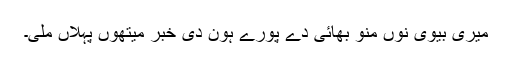
میری بیوی نوں منو بھائی دے پورے ہون دی خبر میتھوں پہلاں ملی۔